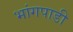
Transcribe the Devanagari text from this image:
भांगपाडी